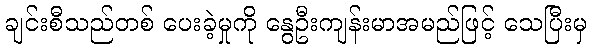
ချင်းစီသည်တစ် ပေးခဲ့မှုကို နွေဦးကျန်းမာအမည်ဖြင့် သေပြီးမှ